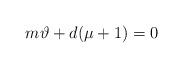
LaTeX: \begin{align*}m\vartheta +d(\mu +1)=0\end{align*}